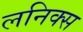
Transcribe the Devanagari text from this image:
लनिक्स